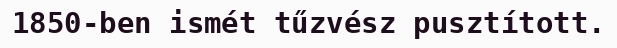
1850-ben ismét tűzvész pusztított.